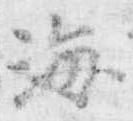
海